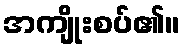
အကျိုးစပ်၏။